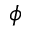
\phi